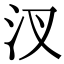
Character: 汊